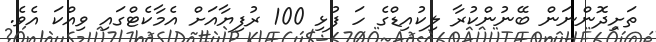
ތަށިދޮންނަން ބޭނުންކުރާ ލިކުއިޑްގެ ހަ ފުޅި 100 ރުފިޔާއަށް އެމާކެޓްގައި ވިއްކަ އެވެ.